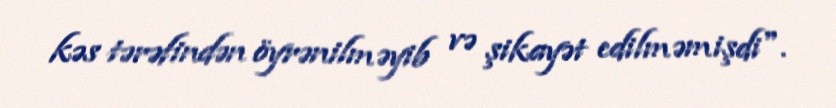
kəs tərəfindən öyrənilməyib və şikayət edilməmişdi".